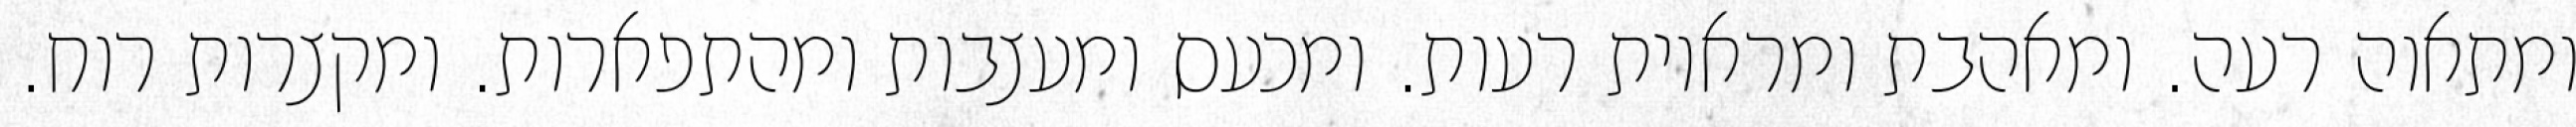
ומתאוה רעה. ומאהבת ומראיות רעות. ומכעס ומעצבות ומהתפארות. ומקצרות רוח.